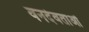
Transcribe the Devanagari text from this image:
वनदेवताओं